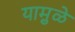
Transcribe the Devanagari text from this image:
यामु़ळे